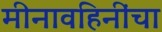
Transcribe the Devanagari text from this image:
मीनावहिनींचा